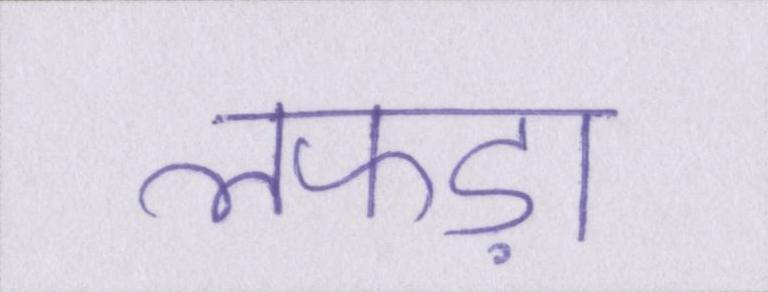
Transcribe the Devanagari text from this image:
लफड़ा